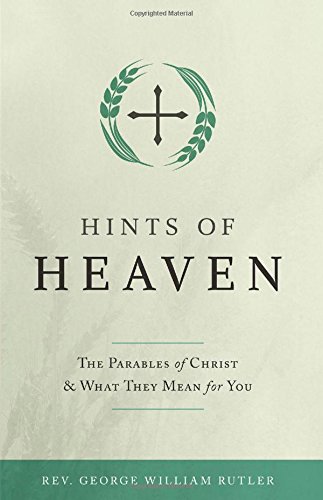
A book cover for Hints of Heaven; Fr. George William Rutler; Christian Books & Bibles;